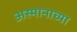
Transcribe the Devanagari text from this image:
अस्मानाच्या